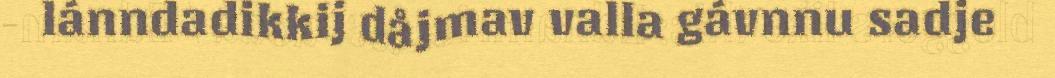
lánndadikkij dåjmav valla gávnnu sadje